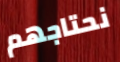
نحتاجهم